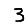
Digit: 3